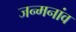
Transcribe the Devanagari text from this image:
जन्मनांव